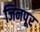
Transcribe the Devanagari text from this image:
जिनपूर